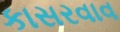
કાસરવાવ